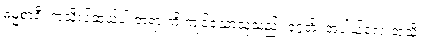
ဓမ္မစာရီ၊ ကုသိုလ်ဆယ်ပါးတရားကို ကျင့်သောသူသည်။ ဒုဂ္ဂတိံ၊ အပါယ်လေးဘုံသို့။